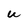
Character: U